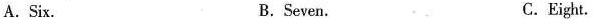
A.Six. B.Seven. C.Eight.